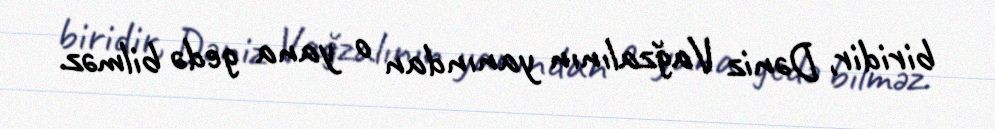
biridir, Dəniz Vağzalının yanından o yana gedə bilməz.